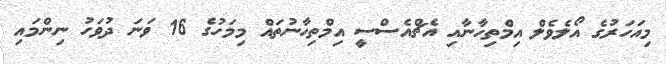
މިއަހަރުގެ އޯލެވެލް އިމްތިހާނާއި އެޗްއެސްސީ އިމްތިހާނުތައް މިމަހުގެ 16 ވަނަ ދުވަހު ނިންމައި